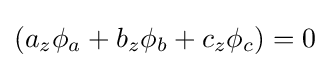
(a_{z}\phi _{a}+b_{z}\phi _{b}+c_{z}\phi _{c})=0